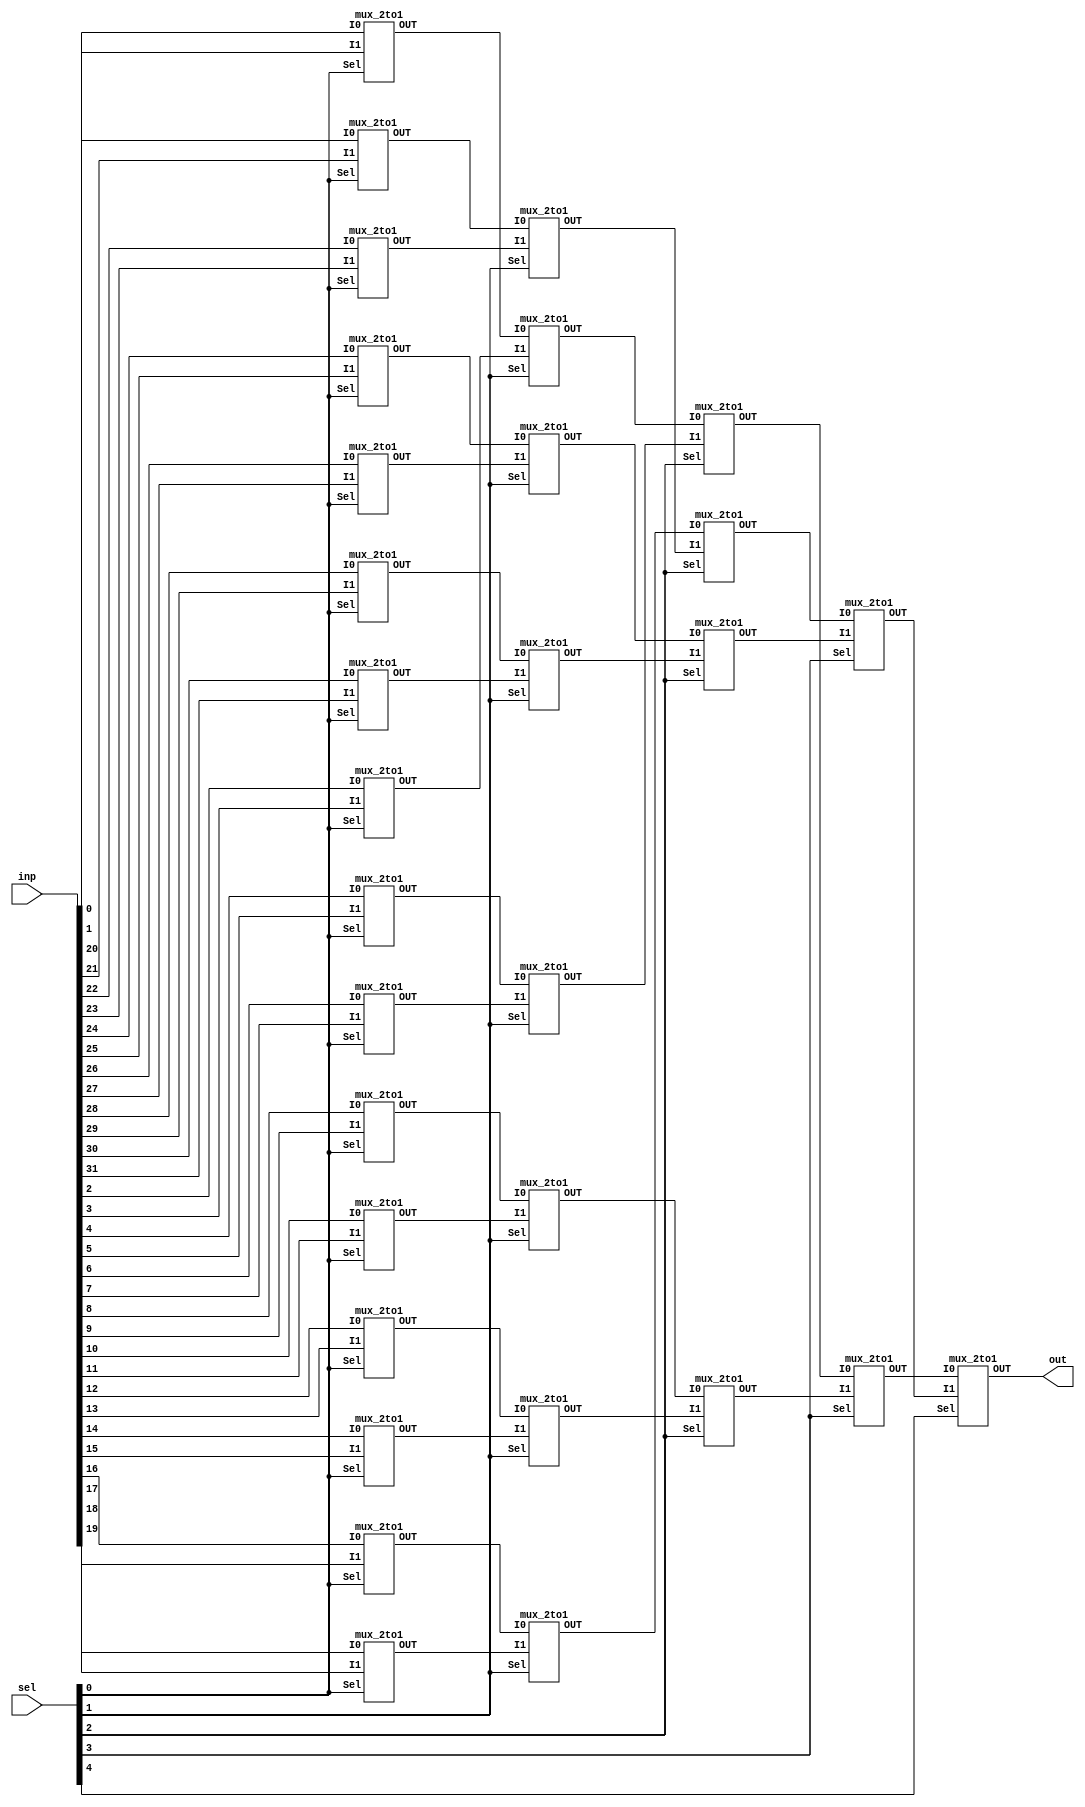
module mux_32to1(out,inp,sel); //Defines module for 32*1 mux with 3 ports 
input [31:0] inp;//Defines 32 bit input bus 
input [4:0] sel; //5 bit input bus for the select lines 
output out; // main output 
wire [15:0] y; //Declares a 16-bit wire bus named "y" represents first stage outputs
wire [7:0] x; //declares an 8-bit wire bus named "x" represents second stage outputs
wire [3:0] m; //declares a 4-bit wire bus named "m" represents third stage outputs
wire l0,l1; //declares two single-bit wires named "l0" and "l1" represents fourth stage outputs
genvar i; // generate a variable
//generates 16 instances of a 2-to-1 multiplexer named "inst0"
generate for(i=0;i<16;i=i+1) 
   begin
   mux_2to1 inst0(y[i],inp[2*(i)+1],inp[2*i],sel[0]);
   end 
   endgenerate
//generates 8 instances of a 2-to-1 multiplexer named "inst1"
generate for(i=0;i<8;i=i+1)
   begin
   mux_2to1 inst1(x[i],y[2*(i)+1],y[2*i],sel[1]);
   end 
   endgenerate
//generates 4 instances of a 2-to-1 multiplexer named "inst2"
generate for(i=0;i<4;i=i+1)
   begin
   mux_2to1 inst2(m[i],x[2*(i)+1],x[2*i],sel[2]);
   end 
   endgenerate
//instantiates a 2-to-1 multiplexer named m1,m2,m3
mux_2to1 m1(l0,m[1],m[0],sel[3]);
mux_2to1 m2(l1,m[3],m[2],sel[3]);
mux_2to1 m3(out,l1,l0,sel[4]);
endmodule



// instantiated module
module mux_2to1(OUT,I1,I0,Sel);
input I0,I1,Sel;
output OUT;
wire Sel_n;
wire y0,y1;
not(Sel_n,Sel);
nand(y0,I0,Sel_n);
nand(y1,I1,Sel);
nand(OUT,y0,y1);
endmodule